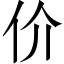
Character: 价